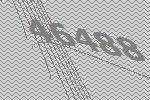
46488